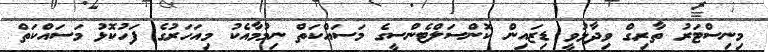
މިނިސްޓަރު ތާރިގް ވިދާޅުވީ ޑިޒައިން ކޮންސަލްޓެންސީގެ މަސައްކަތް ނިމުމާއެކު މިއަހަރުގެ ފަހުކޮޅު މަސައްކަތް